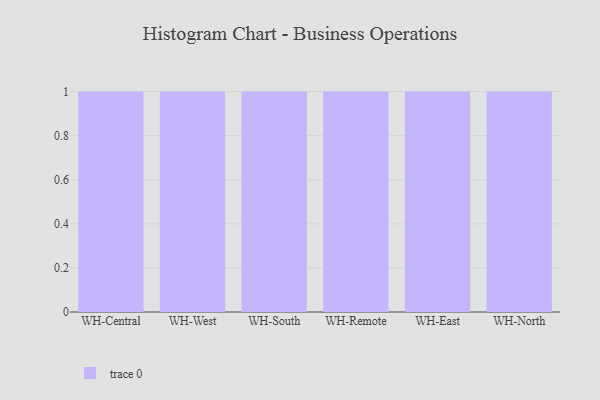
{"axis": {"x": "Warehouse", "y": "Net Income (USD K)"}, "legend": [""], "data": [{"x": "WH-Central", "y": 23, "type": ""}, {"x": "WH-West", "y": 85, "type": ""}, {"x": "WH-South", "y": 81, "type": ""}, {"x": "WH-Remote", "y": 81, "type": ""}, {"x": "WH-East", "y": 88, "type": ""}, {"x": "WH-North", "y": 79, "type": ""}]}